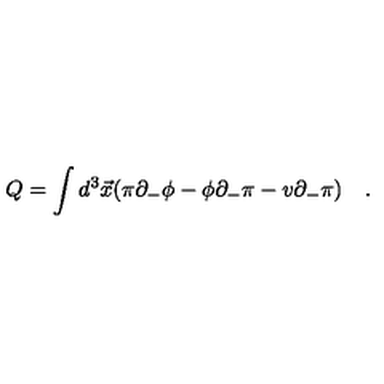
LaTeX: Q = \int d ^ { 3 } \vec { x } ( \pi \partial _ { - } \phi - \phi \partial _ { - } \pi - v \partial _ { - } \pi ) \quad .